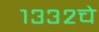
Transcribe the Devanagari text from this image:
१३३२चे